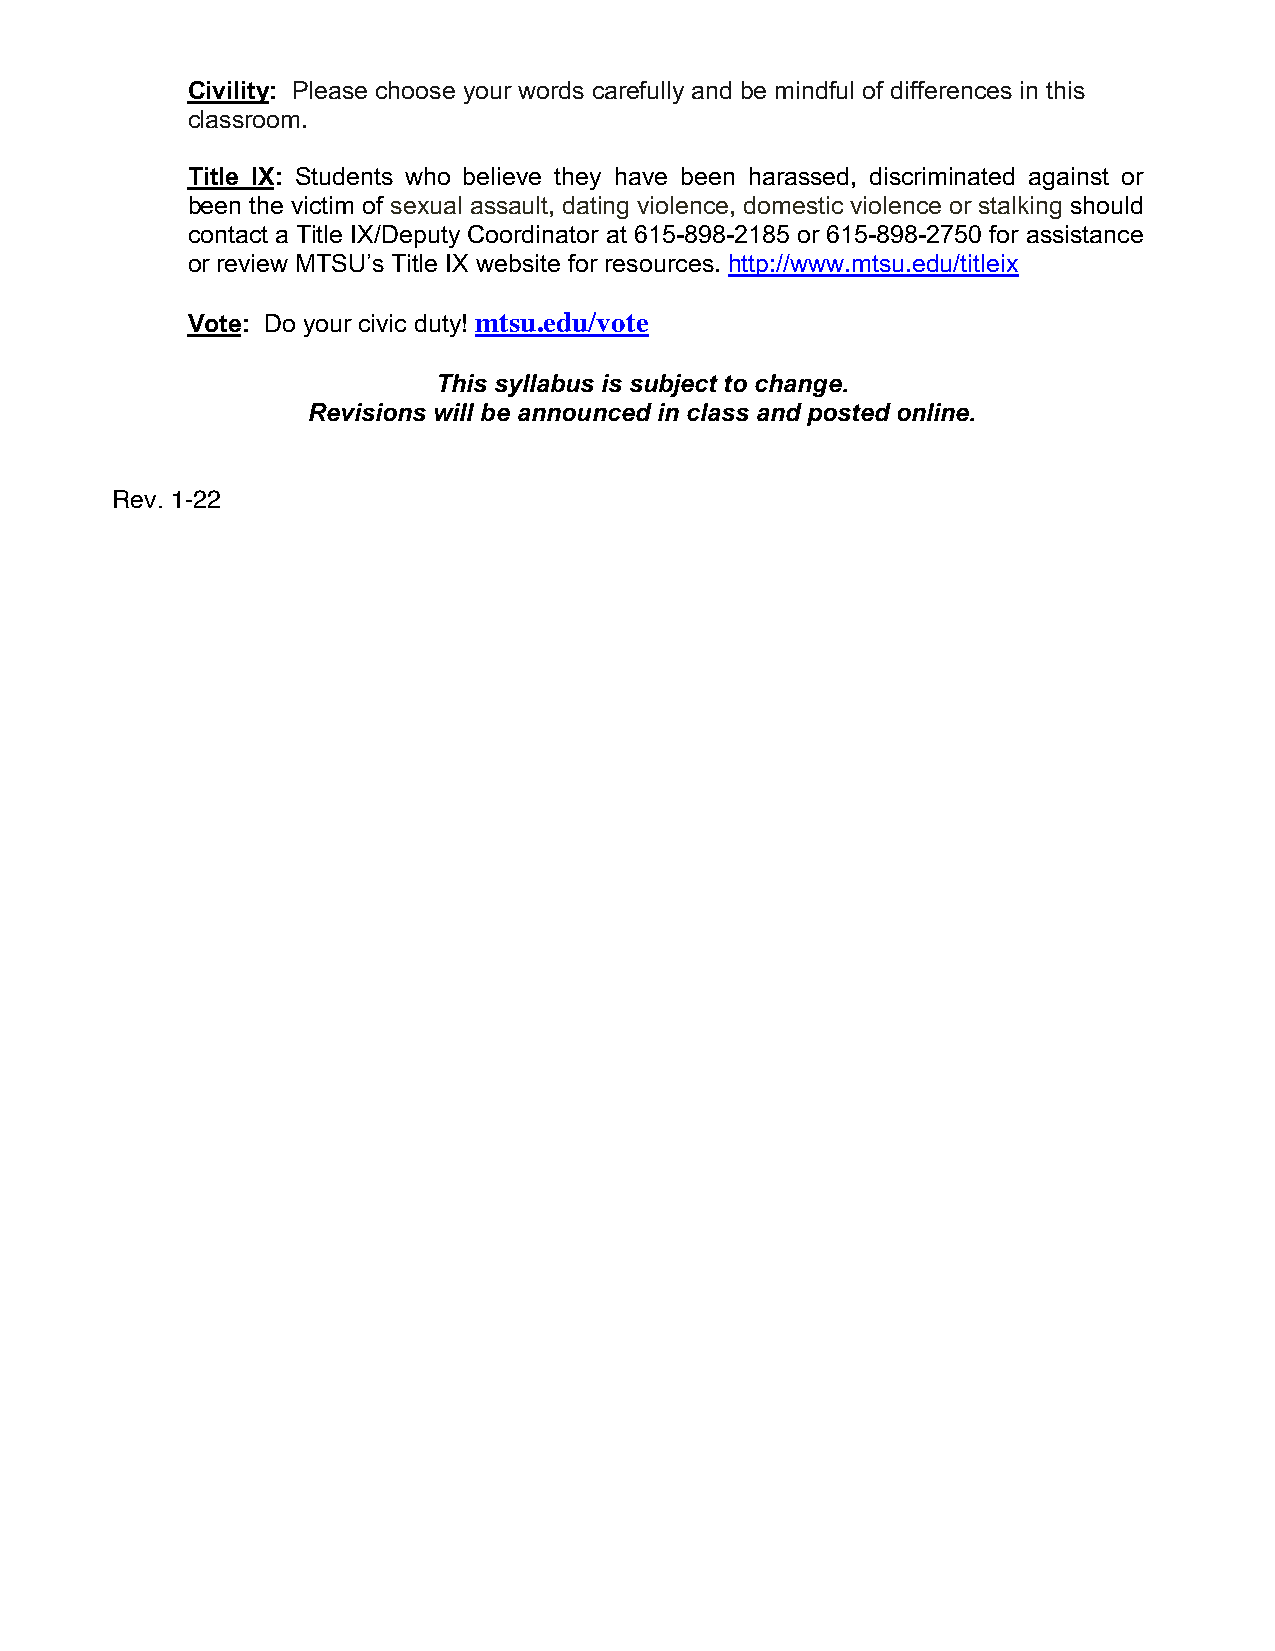
Civility: Please choose your words carefully and be mindful of differences in this
 classroom.
 Title IX: Students who believe they have been harassed, discriminated against or
 been the victim of sexual assault, dating violence, domestic violence or stalking should
 contact a Title IX/Deputy Coordinator at 615-898-2185 or 615-898-2750 for assistance
 or review MTSU’s Title IX website for resources. http://www.mtsu.edu/titleix
 Vote: Do your civic duty! mtsu.edu/vote
 This syllabus is subject to change.
 Revisions will be announced in class and posted online.
 Rev. 1-22